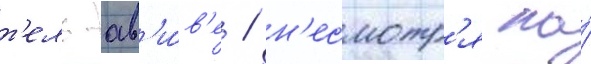
т'ель-ав'и́в'е / н'есмотр'я на́